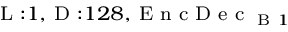
_ { \textrm { L } : 1 , \textrm { D } : 1 2 8 , \textrm { E n c D e c } _ { \textrm { B } 1 } }